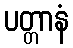
ပတ္တာနံ